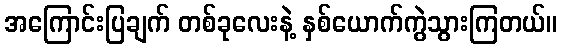
အကြောင်းပြချက် တစ်ခုလေးနဲ့ နှစ်ယောက်ကွဲသွားကြတယ်။